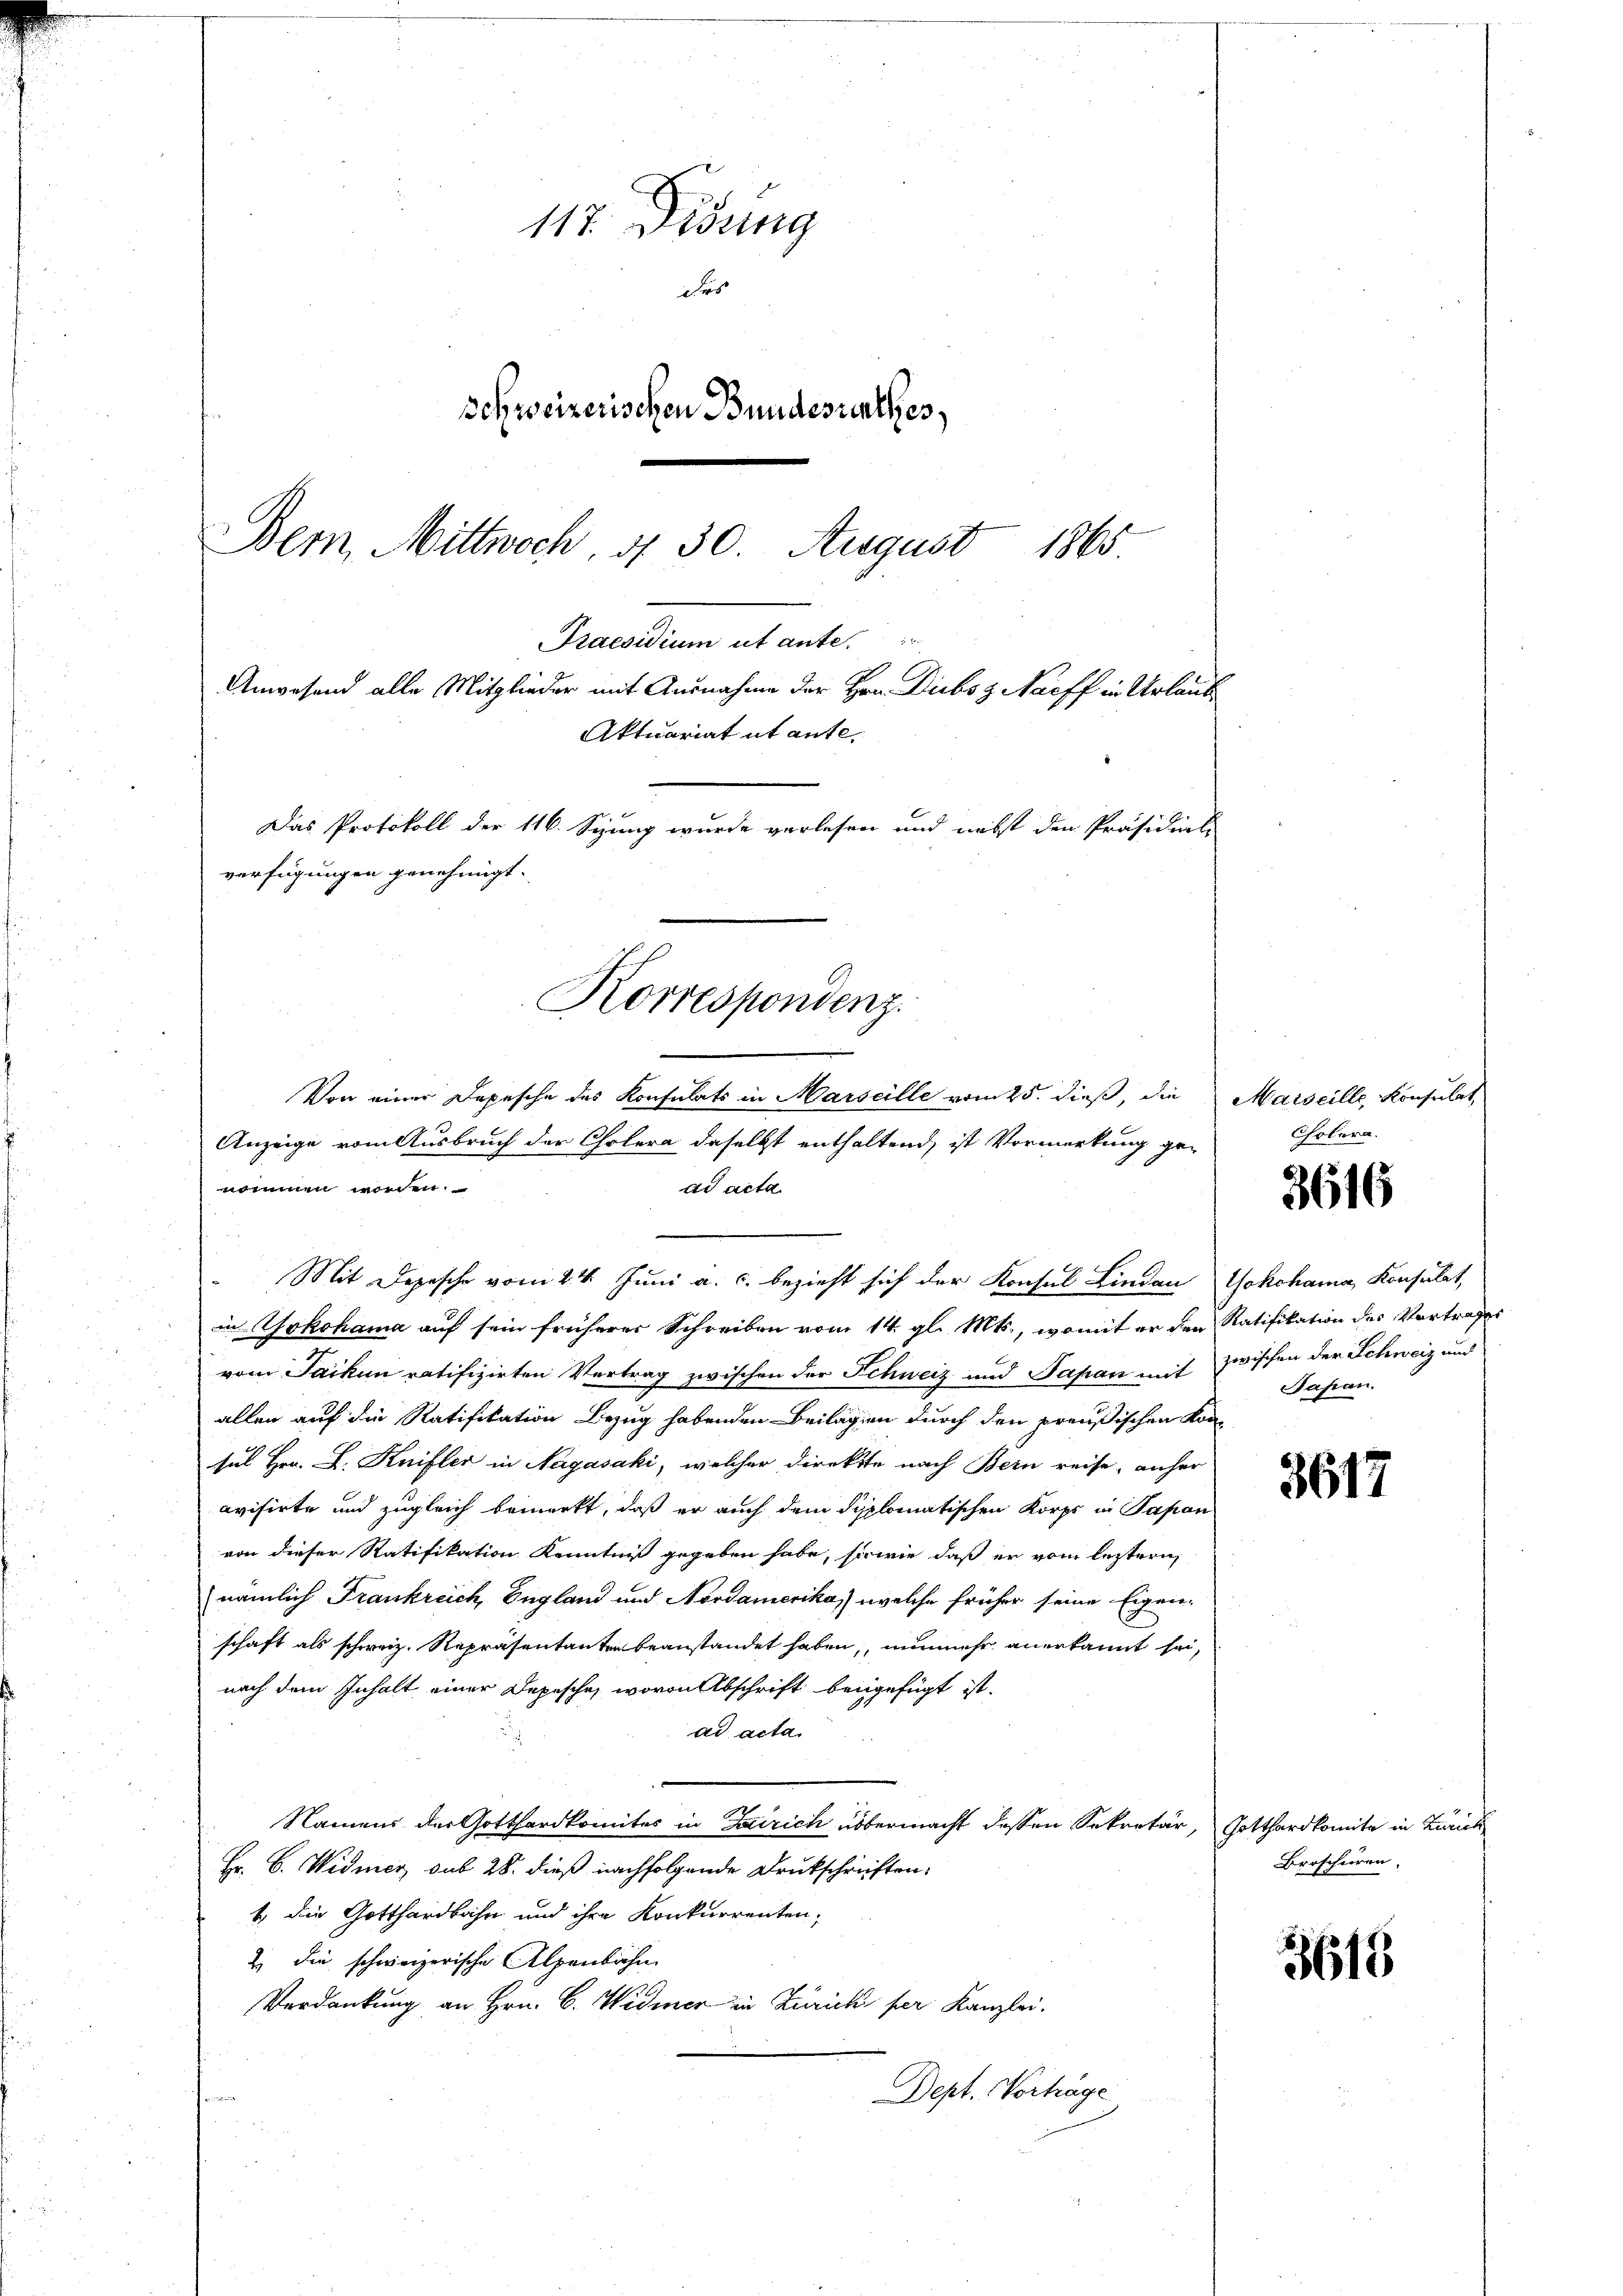
117. Disung
des
schweizerischen Bundesrathes,
Bern, Mittwoch, d. 30. August 1865.

verfügungen genehmigt.
Korrespondenz.
Von einer Depesche des Konsulats in Marseille vom 25. dieß, die

Praesidium ut ante.
Anwesend alle Mitglieder mit Ausnahme der Hrn. Dieboz Naeff in Urlaub
Aktuariat ut ante-
Das Protokoll der 116. Syung wurde verlesen und nebst den Präsidials

Anzeige vom Ausbruch der Cholera daselbst enthaltend, ist Vormerkung genommen worden.
ad acta.
Mit Depesche vom 24. Juni a. c. bezieht sich der Konsul Lindau
in Yokohama auf sein früherer Schreiben vom 14. gl. Mts., womit er den Ratifikation des Vortrages
vom Jacken ratifizirten Vertrag zwischen der Schweiz und Papan mit zwischen der Schweiz und
allen auf die Ratifikation Bezug habenden Beilagen durch den preußischen Konsul Hrn. L. Knifler in Nagasaki, welcher direkte nach Bern reise, anher
evisirte und zugleich bemerkt, daß er auch dem diplomatischen Korps in Papan
von dieser Ratifikation Kenntniß gegeben habe, sowie daß er vom leztern,
nämlich Frankreich, England und Nordamerika) welche früher seine Eigen-
schaft als schweiz. Repräsentanten beanstandet haben, nunmehr anerkannt sei,
nach dem Inhalt einer Depesche, wovon Abschrift beigefügt ist.
ad acta
Namens der Gotthardkomites in Zürich übermacht dessen Sekretär, Gotthardkomite in Zürich
Hr. C. Widmer sub 28. dieß nachfolgende Drukschriften.
1. die Gotthardbahn und ihre Konkurrenten,
2.) Die schweizerische Alpenbahn
Verdankung an Hrn. C. Widmer in Zürichi per Kanzlei.
Dept. Vorträge
.

Marseille Konsulat
Cholera.

3616

Yokohama, Konsulat,
Japan.

3617

Broschiren.

3615